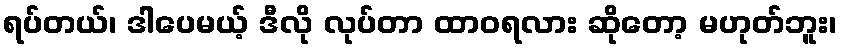
ရပ်တယ်၊ ဒါပေမယ့် ဒီလို လုပ်တာ ထာဝရလား ဆိုတော့ မဟုတ်ဘူး၊